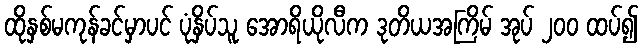
ထိုနှစ်မကုန်ခင်မှာပင် ပုံနှိပ်သူ အောရိယိုလီက ဒုတိယအကြိမ် အုပ် ၂၀၀ ထပ်၍